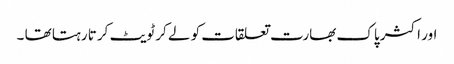
اور اکثر پاک بھارت تعلقات کو لے کر ٹویٹ کرتا رہتا تھا ۔